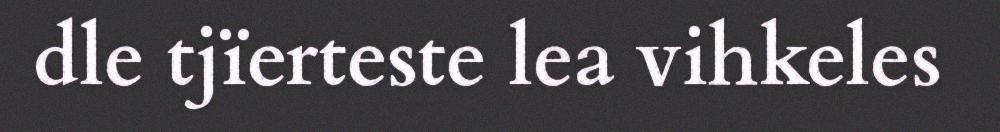
dle tjïerteste lea vihkeles